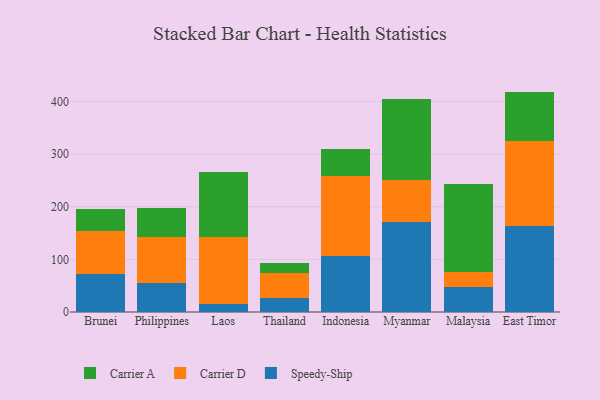
{"axis": {"x": "Country", "y": "Population (Million)"}, "legend": ["Carrier A", "Carrier D", "Speedy-Ship"], "data": [{"x": "Brunei", "y": 72.5, "type": "Speedy-Ship"}, {"x": "Brunei", "y": 80.7, "type": "Carrier D"}, {"x": "Brunei", "y": 42.0, "type": "Carrier A"}, {"x": "Philippines", "y": 54.4, "type": "Speedy-Ship"}, {"x": "Philippines", "y": 87.7, "type": "Carrier D"}, {"x": "Philippines", "y": 55.7, "type": "Carrier A"}, {"x": "Laos", "y": 14.4, "type": "Speedy-Ship"}, {"x": "Laos", "y": 128.0, "type": "Carrier D"}, {"x": "Laos", "y": 123.1, "type": "Carrier A"}, {"x": "Thailand", "y": 26.7, "type": "Speedy-Ship"}, {"x": "Thailand", "y": 48.3, "type": "Carrier D"}, {"x": "Thailand", "y": 17.3, "type": "Carrier A"}, {"x": "Indonesia", "y": 106.7, "type": "Speedy-Ship"}, {"x": "Indonesia", "y": 151.4, "type": "Carrier D"}, {"x": "Indonesia", "y": 51.1, "type": "Carrier A"}, {"x": "Myanmar", "y": 170.1, "type": "Speedy-Ship"}, {"x": "Myanmar", "y": 81.2, "type": "Carrier D"}, {"x": "Myanmar", "y": 154.2, "type": "Carrier A"}, {"x": "Malaysia", "y": 47.0, "type": "Speedy-Ship"}, {"x": "Malaysia", "y": 29.3, "type": "Carrier D"}, {"x": "Malaysia", "y": 166.2, "type": "Carrier A"}, {"x": "East Timor", "y": 162.6, "type": "Speedy-Ship"}, {"x": "East Timor", "y": 163.2, "type": "Carrier D"}, {"x": "East Timor", "y": 93.0, "type": "Carrier A"}]}